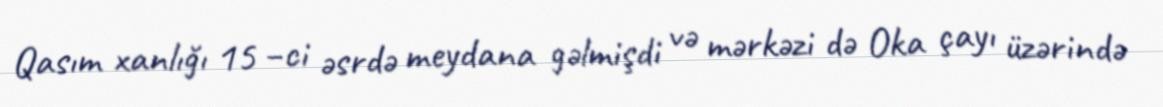
Qasım xanlığı 15 –ci əsrdə meydana gəlmişdi və mərkəzi də Oka çayı üzərində